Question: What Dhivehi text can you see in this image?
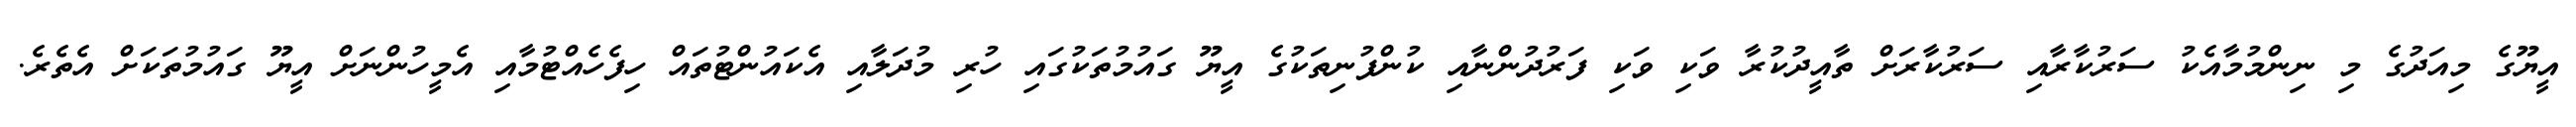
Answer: އީޔޫގެ މިއަދުގެ މި ނިންމުމާއެކު ސަރުކާރާއި ސަރުކާރަށް ތާއީދުކުރާ ވަކި ވަކި ފަރުދުންނާއި ކުންފުނިތަކުގެ އީޔޫ ގައުމުތަކުގައި ހުރި މުދަލާއި އެކައުންޓުތައް ހިފެހެއްޓުމާއި އެމީހުންނަށް އީޔޫ ގައުމުތަކަށް އެތެރެ.